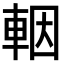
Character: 𨋳